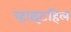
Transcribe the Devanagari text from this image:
व्हाइटहिल